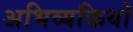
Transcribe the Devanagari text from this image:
अभिव्‍यक्तियों